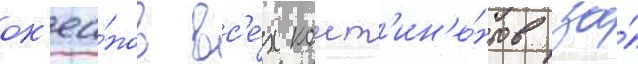
ок'еа́нов вс'е́х конт'ин'е́нтов за́